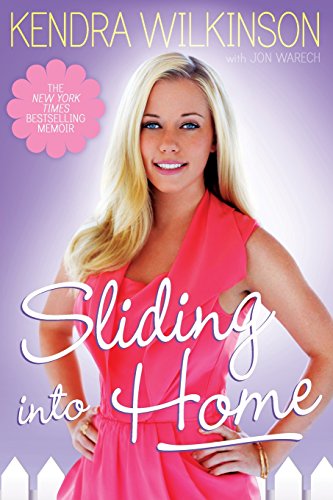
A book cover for Sliding Into Home; Kendra Wilkinson; Biographies & Memoirs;